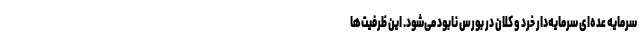
سرمایه عده‌ای سرمایه‌دار خرد و کلان در بورس نابود می‌شود. این ظرفیت‌ها